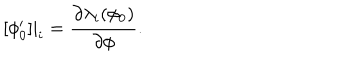
LaTeX: [ \phi _ { 0 } ^ { \prime } ] | _ { i } = \frac { \partial \lambda _ { i } ( \phi _ { 0 } ) } { \partial \phi } .